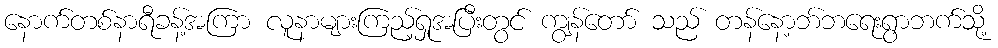
နောက်တစ်နာရီခန့်အကြာ လူနာများကြည့်ရှုအပြီးတွင် ကျွန်တော် သည် တန်နော့ဘ်ဘရေးရွာဘက်သို့